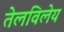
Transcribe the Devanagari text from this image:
तेलविलेय